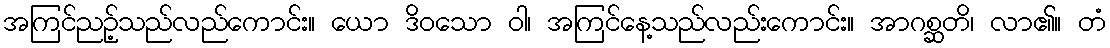
အကြင်ညဉ့်သည်လည်ကောင်း။ ယော ဒိဝသော ဝါ၊ အကြင်နေ့သည်လည်းကောင်း။ အာဂစ္ဆတိ၊ လာ၏။ တံ